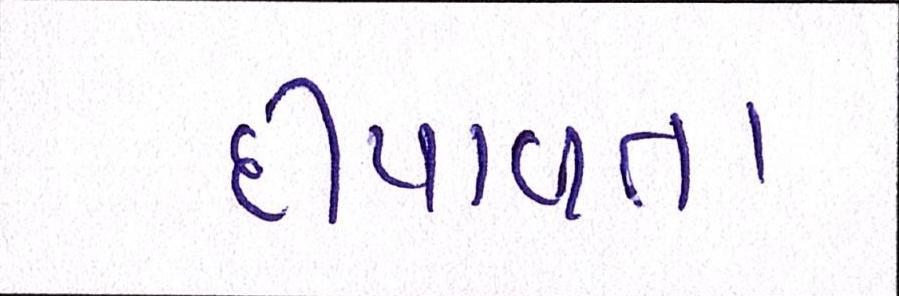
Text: દીપાવતા